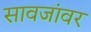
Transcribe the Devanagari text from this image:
सावजांवर